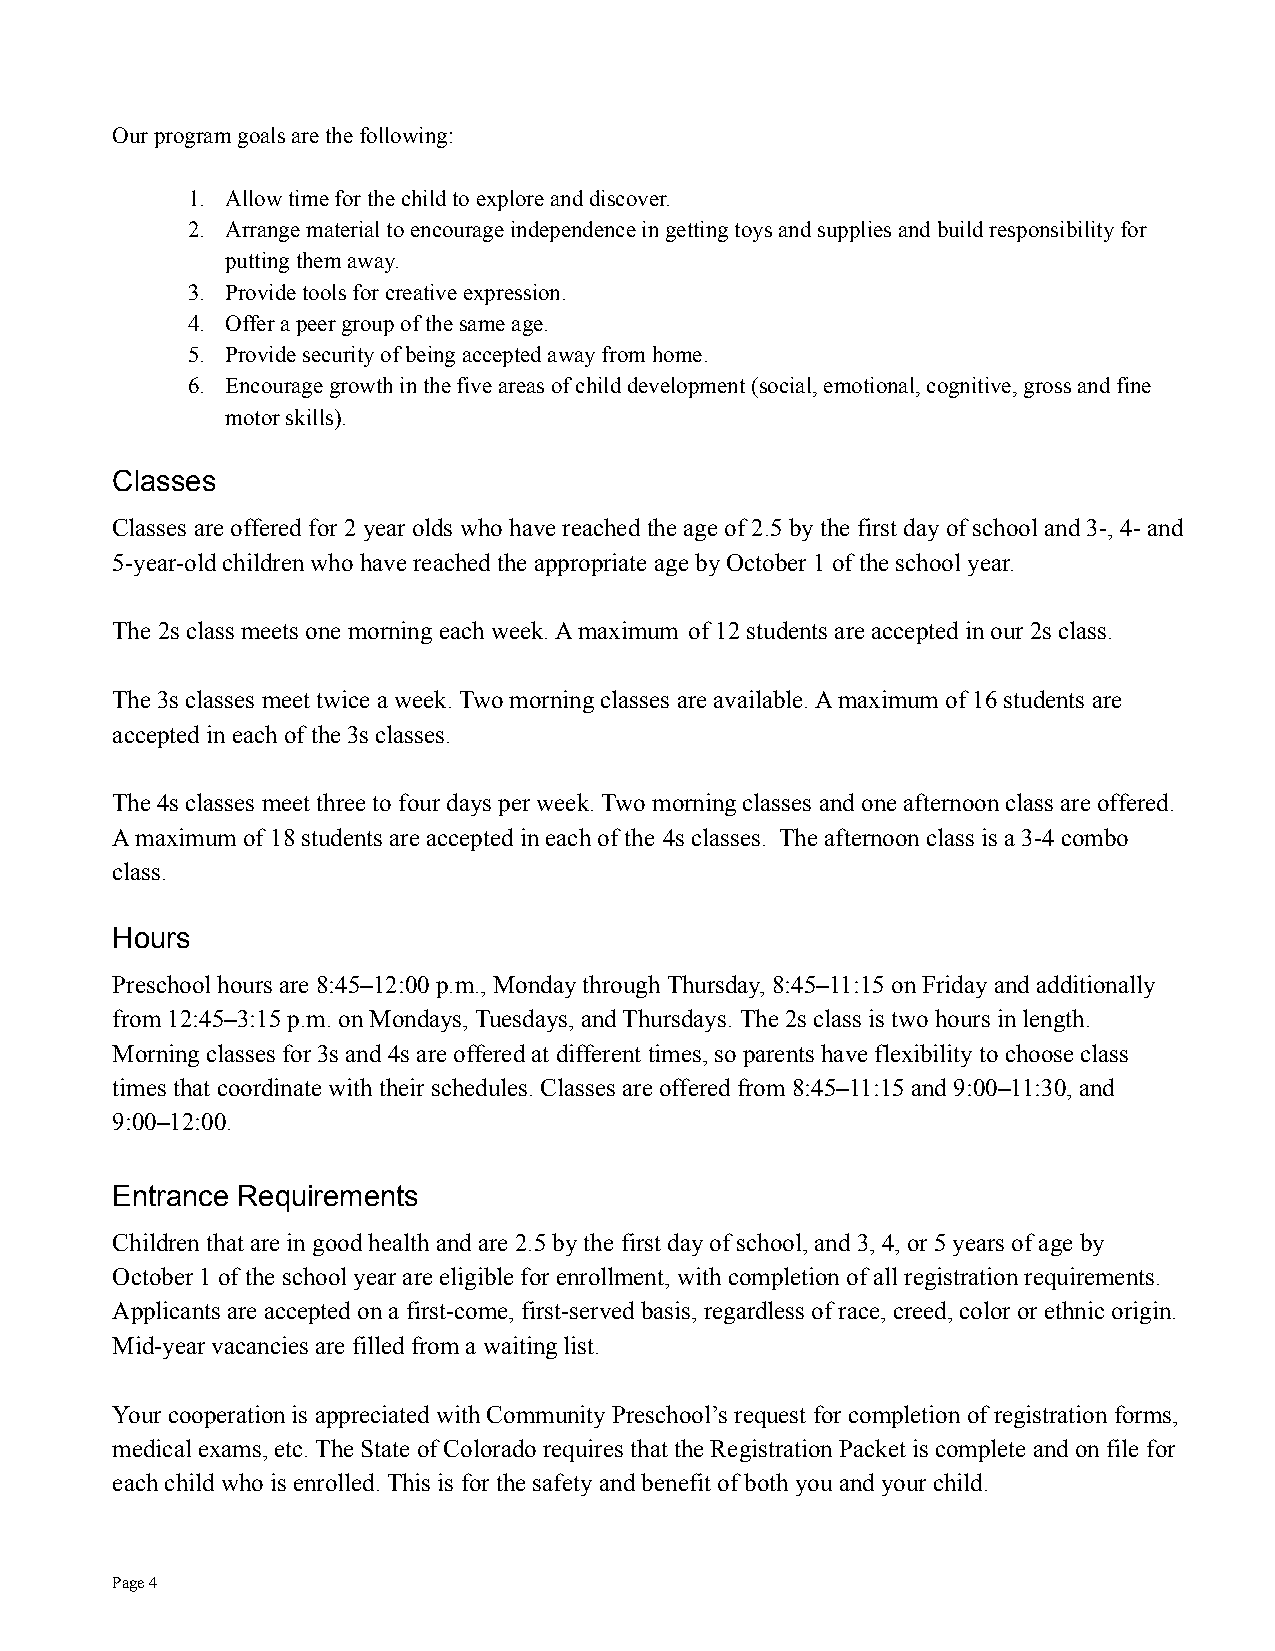
Our program goals are the following:
 1. Allow time for the child to explore and discover.
 2. Arrange material to encourage independence in gettingtoys and supplies and build responsibility for
 putting them away.
 3. Provide tools for creative expression.
 4. Offer a peer group of the same age.
 5. Provide security of being accepted away from home.
 6. Encourage growth in the five areas of child development(social, emotional, cognitive, gross and fine
 motor skills).
 Classes
 Classes are offered for 2 year olds who have reachedthe age of 2.5 by the first day of school and 3-,4- and
 5-year-old children who have reached the appropriateage by October 1 of the school year.
 The 2s class meets one morning each week. A maximum of 12 students are accepted in our 2s class.
 The 3s classes meet twice a week. Two morning classes are available. A maximum of 16 students are
 accepted in each of the 3s classes.
 The 4s classes meet three to four days per week. Two morning classes and one afternoon class are offered.
 A maximum of 18 students are accepted in each of the 4s classes. The afternoon class is a 3-4 combo
 class.
 Hours
 Preschool hours are 8:45–12:00 p.m., Monday throughThursday, 8:45–11:15 on Friday and additionally
 from 12:45–3:15 p.m. on Mondays, Tuesdays, and Thursdays. The 2s class is two hours in length.
 Morning classes for 3s and 4s are offered at differenttimes, so parents have flexibility to choose class
 times that coordinate with their schedules. Classes are offered from 8:45–11:15 and 9:00–11:30, and
 9:00–12:00.
 Entrance Requirements
 Children that are in good health and are 2.5 by the first day of school, and 3, 4, or 5 years of ageby
 October 1 of the school year are eligible for enrollment,with completion of all registration requirements.
 Applicants are accepted on a first-come, first-served basis, regardless of race, creed, color or ethnicorigin.
 Mid-year vacancies are filled from a waiting list.
 Your cooperation is appreciated with Community Preschool’s request for completion of registration forms,
 medical exams, etc. The State of Colorado requires that the Registration Packet is complete and on filefor
 each child who is enrolled. This is for the safety and benefit of both you and your child.
 Page4